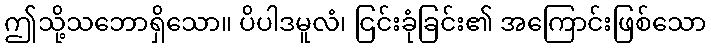
ဤသို့သဘောရှိသော။ ပိပါဒမူလံ၊ ငြင်းခုံခြင်း၏ အကြောင်းဖြစ်သော